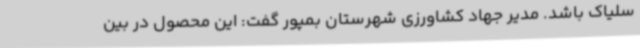
سلیاک باشد. مدیر جهاد کشاورزی شهرستان بمپور گفت: این محصول در بین